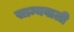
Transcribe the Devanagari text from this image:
साम्यवाली